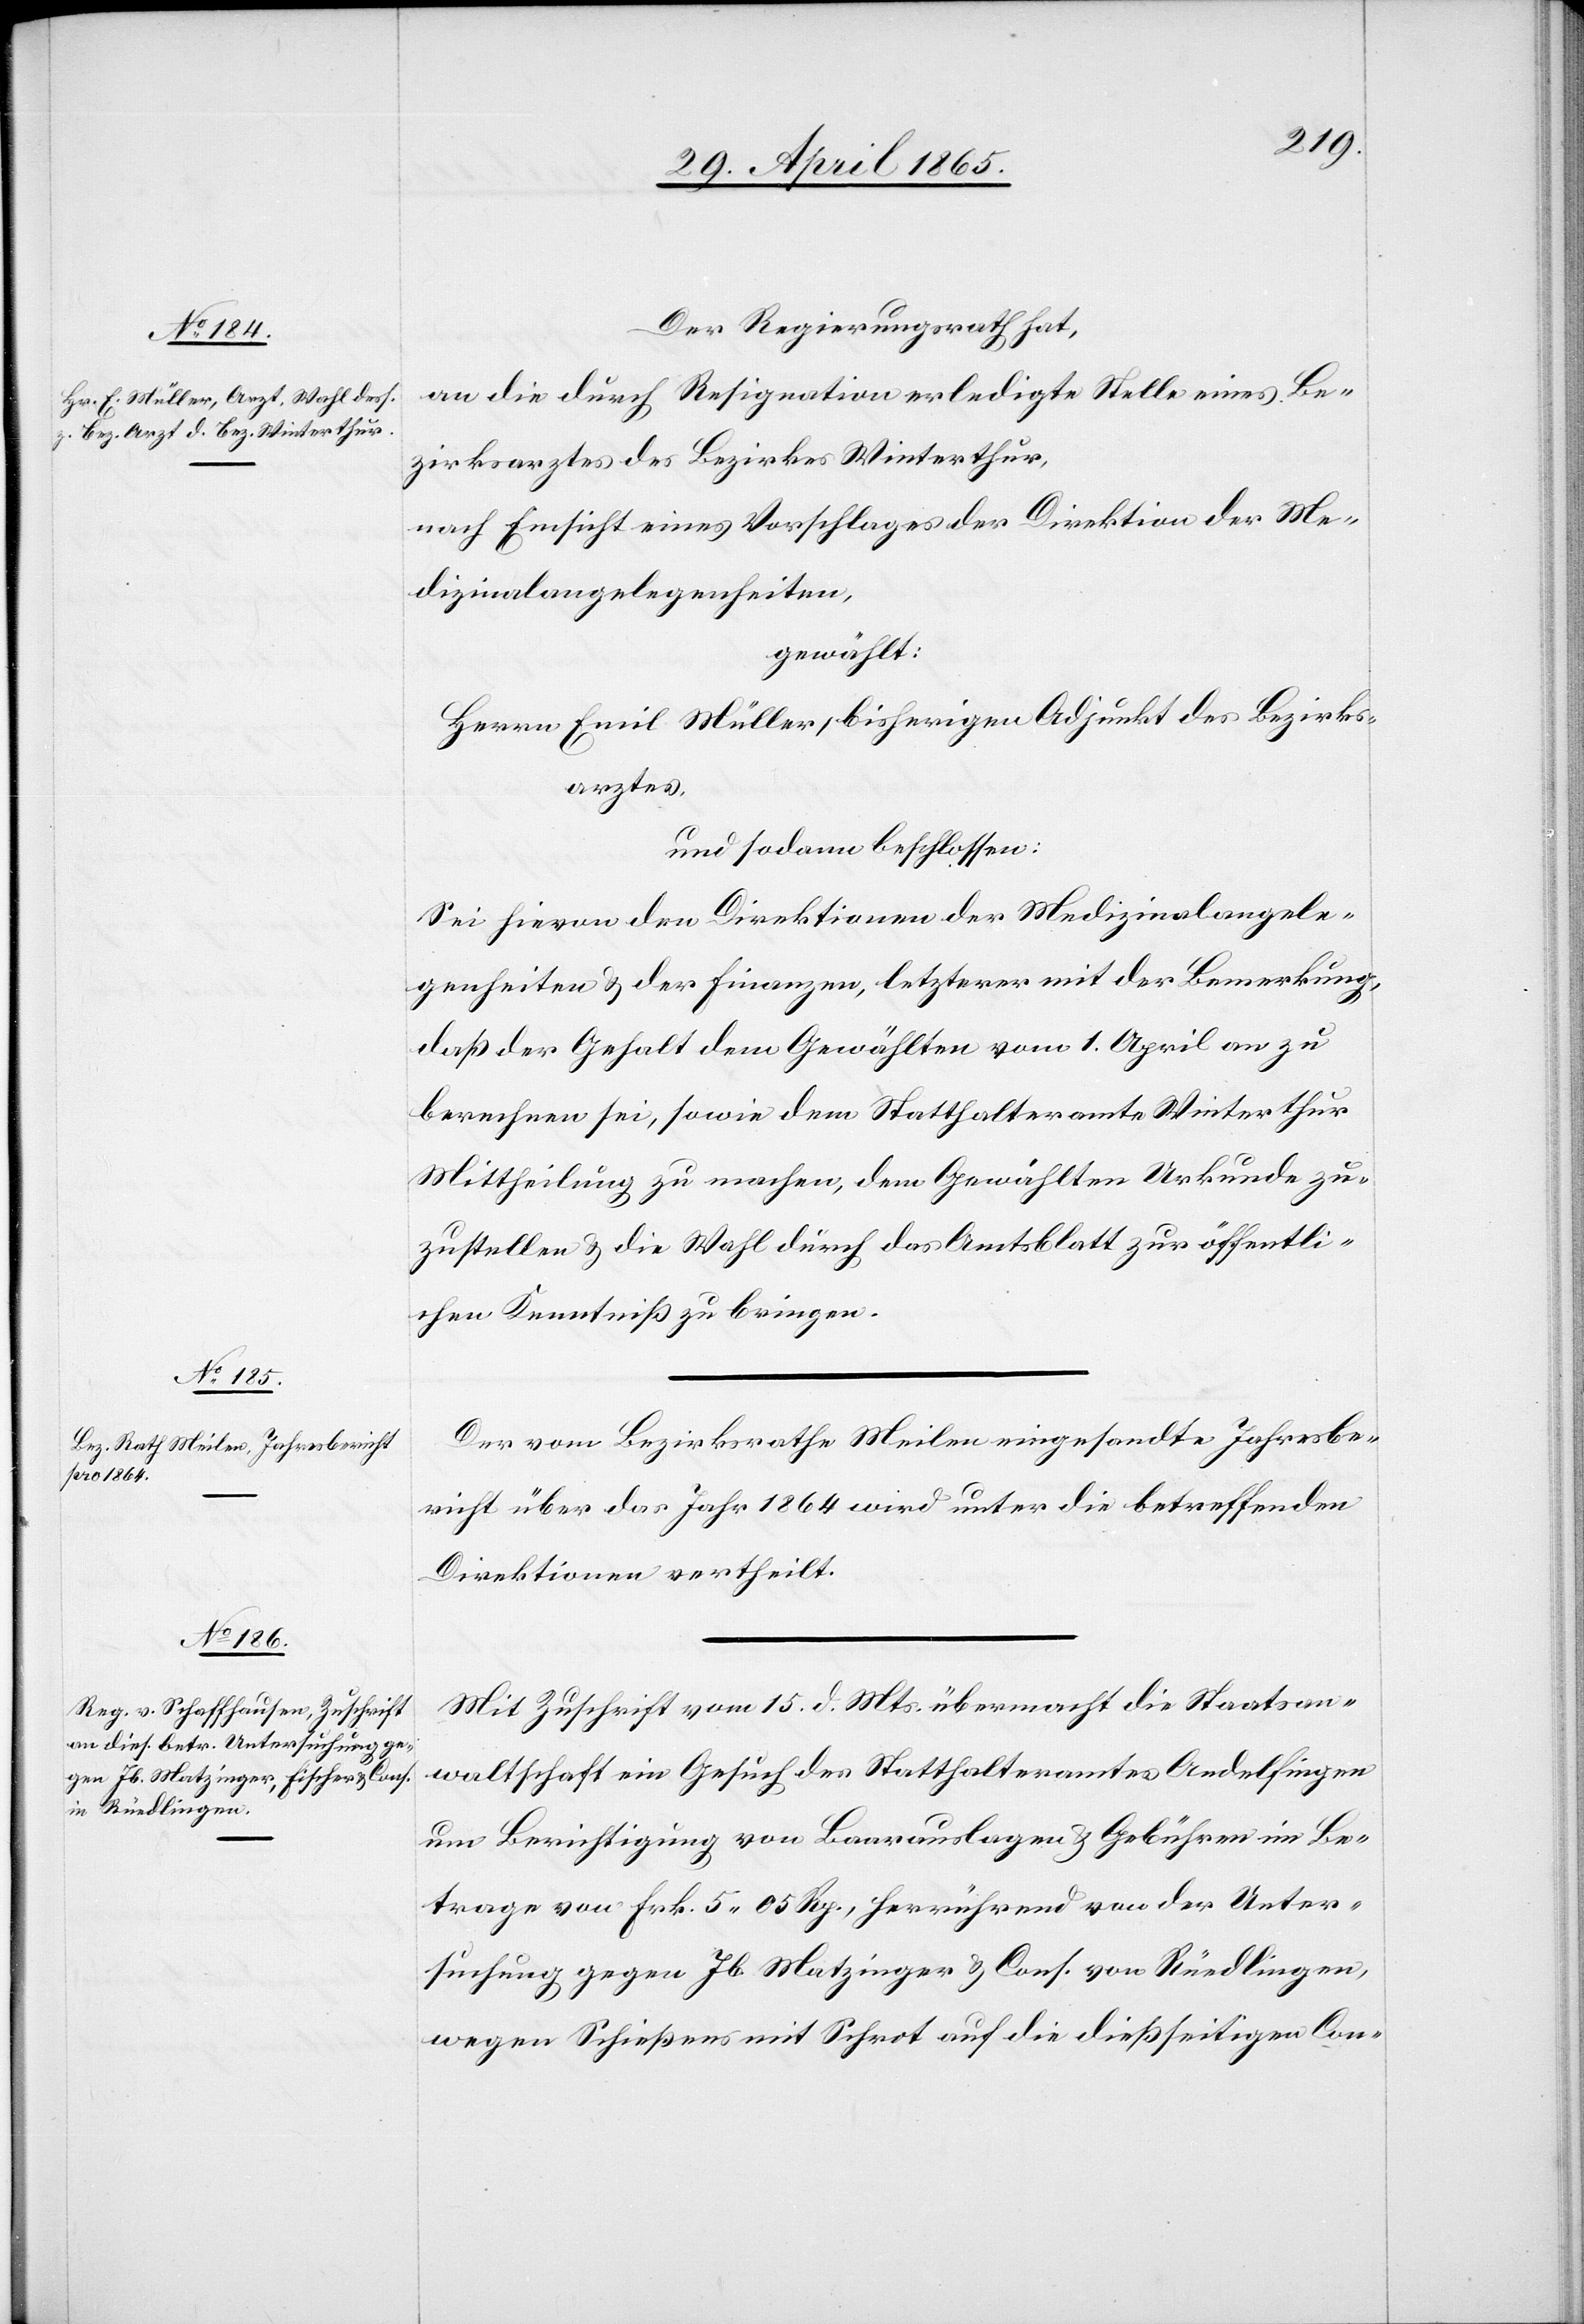
Der Regierungsrath hat,
an die durch Resignation erledigte Stelle eines Be¬
zirksarztes des Bezirkes Winterthur,
nach Einsicht eines Vorschlages der Direktion der Me¬
dizinalangelegenheiten,
gewählt:
Herrn Emil Müller, bisherigen Adjunkt des Bezirks¬
arztes,
und sodann beschlossen:
Sei hievon den Direktionen der Medizinalangele¬
genheiten & der Finanzen, letzterer mit der Bemerkung,
daß der Gehalt dem Gewählten vom 1. April an zu
berechnen sei, sowie dem Statthalteramte Winterthur
Mittheilung zu machen, dem Gewählten Urkunde zu¬
zustellen & die Wahl durch das Amtsblatt zur öffentli¬
chen Kenntniß zu bringen.
Der vom Bezirksrathe Meilen eingesandte Jahresbe¬
richt über das Jahr 1864 wird unter die betreffenden
Direktionen vertheilt.
Mit Zuschrift vom 15. d. Mts. übermacht die Staatsan¬
waltschaft ein Gesuch des Statthalteramtes Andelfingen
um Berichtigung von Baarauslagen & Gebühren im Be¬
trage von Frk. 5 05 Rp., herrührend von der Unter¬
suchung gegen Jb. Matzinger, Cons. von Rüedlingen,
wegen Schießens mit Schrot auf die dießseitigen Con-